Annual administration report of the Civil Veterinary Department of India - 1892-1893
Year: 1892
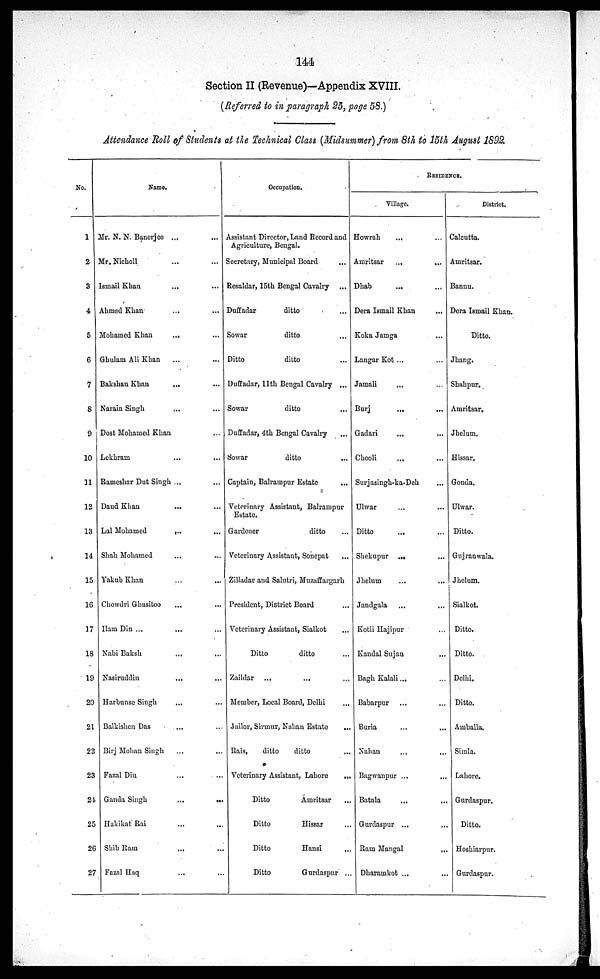
144
Section II (Revenue)—Appendix XVIII.
(Referred to in paragraph 25, page 58.)
Attendance Roll of Students at the Technical Class (Midsummer) from 8th to 15th August 1892.
No.
1
2
3
4
5
6
1
8
9
10
11
12
13
14
15
16
17
18
19
20
21
22
23
2-1
25
26
27
Name.
Mr. K. N. Banerjee ... …
Mr.Nicholl … …
Ismail Khan … …
Ahmed Khan … …
Mohamed Khan … …
Ghulam Ali Khan … …
Bakshan Khan
... …
Narain Singh … …
Dost Mohamed Khan … …
Lekhram … …
Rameshar Dut Singh ... …
Daud Khan … …
Lal Mohamed
...
...
Shah Mohamed … …
Yakub Khan … …
Chowdri Ghasitoo … …
Ilam Din ... …
Nabi Baksh
... …
Kasiruddin
... …
Harbunse Singh … …
Balkishen Das … …
Birj Mohan Singh ... …
Fazal Din … …
Ganda Singh
...
...
Hakikat Rai … …
Shib Ram … …
Fazal Haq … …
Occupation.
Assistant Director, Land Record and
Agriculture, Bengal.
Secretary, Municipal Board …
Resaldar, 15th Bengal Cavalry …
Duffadar
ditto …
Sowar
ditto …
Ditto
ditto …
Duffadar, 11th Bengal Cavalry ...
Sowar
ditto
...
Duffadar, 4th Bengal Cavalry …
Sowar
ditto …
Captain, Balrampur Estate …
Veterinary Assistant, Balrampur …
Estate.
Gardener
ditto …
Veterinary Assistant, Sonepat ...
Zilladar and Salutri, Muzaffargarh …
President, District Board …
Veterinary Assistant, Sialkot …
Ditto
ditto …
Zaildar ... ... ...
Member, Local Board, Delhi …
Jailor, Sirmur, Nahan Estate
...
Rais,
ditto
ditto …
Veterinary Assistant, Lahore
...
Ditto
Amritsar …
Ditto
Hissar …
Ditto
Hansi …
Ditto
Gurdaspur ...
RESIDENCE.
Village.
Howrah
... …
Amritsar
...
...
Dhab … …
Dera Ismail Khan … …
Koka Jamga … …
Langar Kot ... …
Jamali … …
Burj … …
Gadari … …
Chooli … …
Surjasingh-ka-Deh …
Ulwar … …
Ditto … …
Shekupur … …
Jhelum … …
Jandgala … …
Kotli Hajipur … …
Kandal Sujan … …
Bagh Kalali … …
Babarpur … …
Buria ... …
Nahan
...
...
Bagwanpur ... …
Batala … …
Gurdaspur ... …
Ram Mangal … …
Dharamkot ... …
District.
Calcutta.
Amritsar.
Bannu.
Dera Ismail Khan.
Ditto.
Jhang.
Shahpur.
Amritsar.
Jhelum.
Hissar.
Gonda.
Ulwar.
Ditto.
Gnjranwala.
Jhelum.
Sialkot.
Ditto.
Ditto.
Delhi.
Ditto.
Amballa.
Simla.
Lahore.
Gurdaspur.
Ditto.
Hoshiarpur.
Gurdaspur.